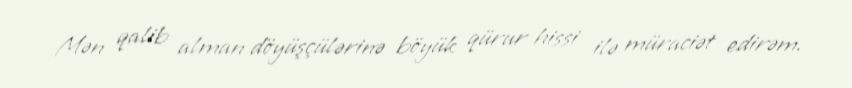
Mən qalib alman döyüşçülərinə böyük qürur hissi ilə müraciət edirəm.